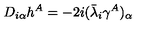
D _ { i \alpha } h ^ { A } = - 2 i ( \bar { \lambda } _ { i } \gamma ^ { A } ) _ { \alpha }